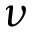
\nu